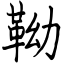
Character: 靿